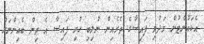
އެކައުންޓުން މަދުވި ފައިސާގެ ތެރެއިން ނުލިބި ހުރި ފައިސާ އެ ތިން ބެއިންނަށް